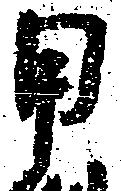
甲